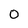
Character: 0